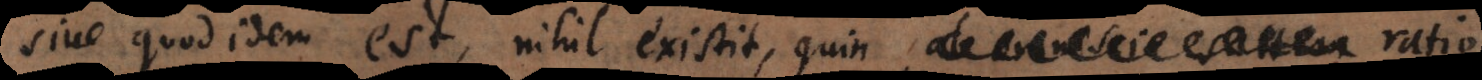
Sive quod idem est, nihil existit, quin ratio